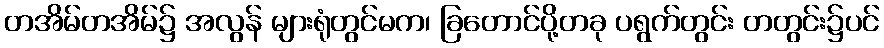
တအိမ်တအိမ်၌ အလွန် များရုံတွင်မက၊ ခြတောင်ပို့တခု ပရွက်တွင်း တတွင်း၌ပင်